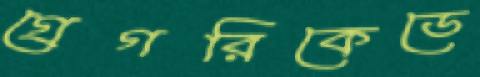
গ্রেগরিকেডে